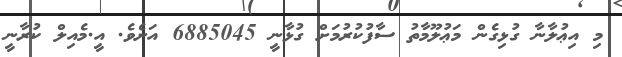
މި އިޢުލާނާ ގުޅިގެން މަޢުލޫމާތު ސާފުކުރުމަށް ގުޅާނީ 6885045 އަށެވެ. އީ.މެއިލް ކުރާނީ